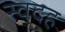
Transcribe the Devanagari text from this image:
स्वदह